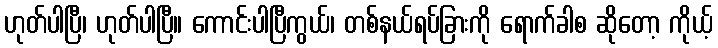
ဟုတ်ပါပြီ၊ ဟုတ်ပါပြီ။ ကောင်းပါပြီကွယ်၊ တစ်နယ်ရပ်ခြားကို ရောက်ခါစ ဆိုတော့ ကိုယ့်